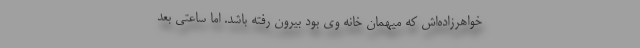
خواهرزاده‌اش که میهمان خانه وی بود بیرون رفته باشد. اما ساعتی بعد